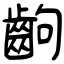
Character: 齣